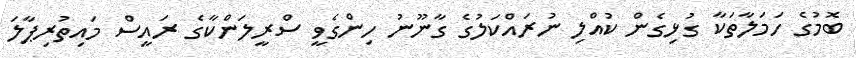
ބޮމުގެ ހަމަލާތަކާ ގުޅިގެން ކުއްލި ނުރައްކަލުގެ ގާނޫނު ހިންގެވީ ސްރީލަންކާގެ ރައީސް މައިތުރިޕާލަ